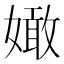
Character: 㜟